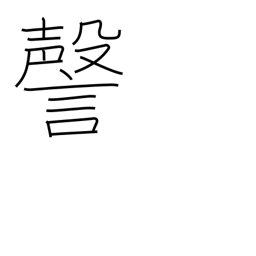
Meaning: coughing